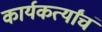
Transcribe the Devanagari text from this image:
कार्यकर्त्यांचं